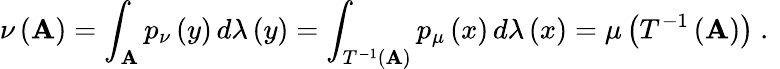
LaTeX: \nu\left(\mathbf{A}\right)=\int_{\mathbf{A}}p_{\nu}\left(y\right)\, d\lambda\left(y\right)=\int_{T^{-1}(\mathbf{A})}p_{\mu}\left(x\right)\, d\lambda\left(x\right)=\mu\left(T^{-1}\left(\mathbf{A}\right)\right)\mathrm{{~.~}}